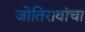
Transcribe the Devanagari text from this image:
जोतिरावांचा